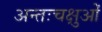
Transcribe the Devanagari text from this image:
अन्तःचक्षुओं